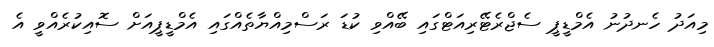
މިއަދު ހެނދުނު އެމްޑީޕީ ސެޖްރެޓޭރިއަޓްގައި ބޭއްވި ކުޑަ ރަސްމިއްޔާތެއްގައި އެމްޑީޕީއަށް ސޮއިކުރެއްވީ އެ